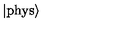
\left| \mathrm { p h y s } \right\rangle